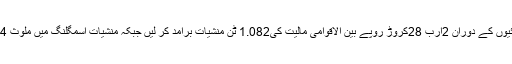
06 جون2018ء) اینٹی نارکوٹکس فورس پاکستان نے 27ملک گیر کاروائیوں کے دوران 2ارب 28کروڑ روپے بین الاقوامی مالیت کی1.082 ٹن منشیات برآمد کر لیں جبکہ منشیات اسمگلنگ میں ملوث 4 خواتین سمیت44ملزمان کوگرفتارجبکہ10 گاڑ یاں بھی ضبط کر لی گئیں۔